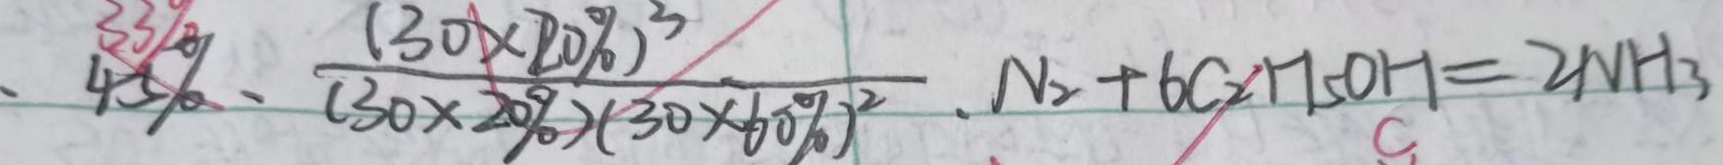
、 4 5 \% 、 \frac { ( 3 0 \times 2 0 \% ) ^ { 3 } } { ( 3 0 \times 2 0 \% ) ( 3 0 \times 6 0 \% ) ^ { 2 } } . N _ { 2 } + 6 C _ { 2 } H _ { 5 } O H = 2 N H _ { 3 }